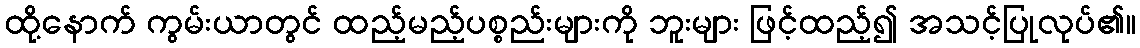
ထို့နောက် ကွမ်းယာတွင် ထည့်မည့်ပစ္စည်းများကို ဘူးများ ဖြင့်ထည့်၍ အသင့်ပြုလုပ်၏။